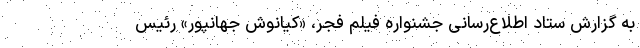
به گزارش ستاد اطلاع‌رسانی جشنواره فیلم فجر، «کیانوش جهانپور» رئیس